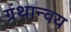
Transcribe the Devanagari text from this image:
ग्रंथान्वय